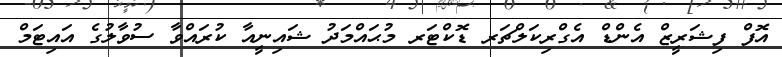
އޮފް ފިޝަރީޒް އެންޑް އެގްރިކަލްޗަރ ޑޮކްޓަރ މުޙައްމަދު ޝައިނީއާ ކުރައްވާ ސުވާލުގެ އައިޓަމް